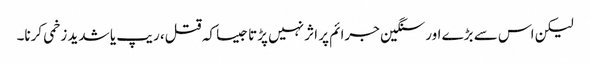
لیکن اس سے بڑے اور سنگین جرائم پر اثر نہیں پڑتا جیسا کہ قتل، ریپ یا شدید زخمی کرنا۔